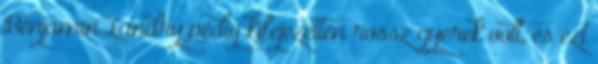
Benjamin Landry pedig kifejezetten rossz gyerek volt, és ezt